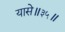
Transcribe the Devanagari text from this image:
यासे॥३५॥